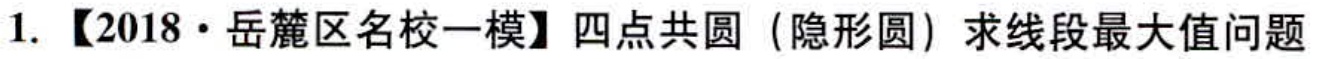
1. 【2018·岳麓区名校一模】四点共圆（隐形圆）求线段最大值问题